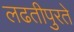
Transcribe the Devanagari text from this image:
लढतीपुरते